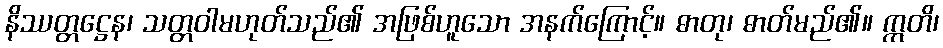
နိဿတ္တဋ္ဌေန၊ သတ္တဝါမဟုတ်သည်၏ အဖြစ်ဟူသော အနက်ကြောင့်။ ဓာတု၊ ဓာတ်မည်၏။ ဣတိ၊